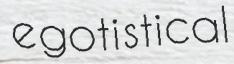
egotistical